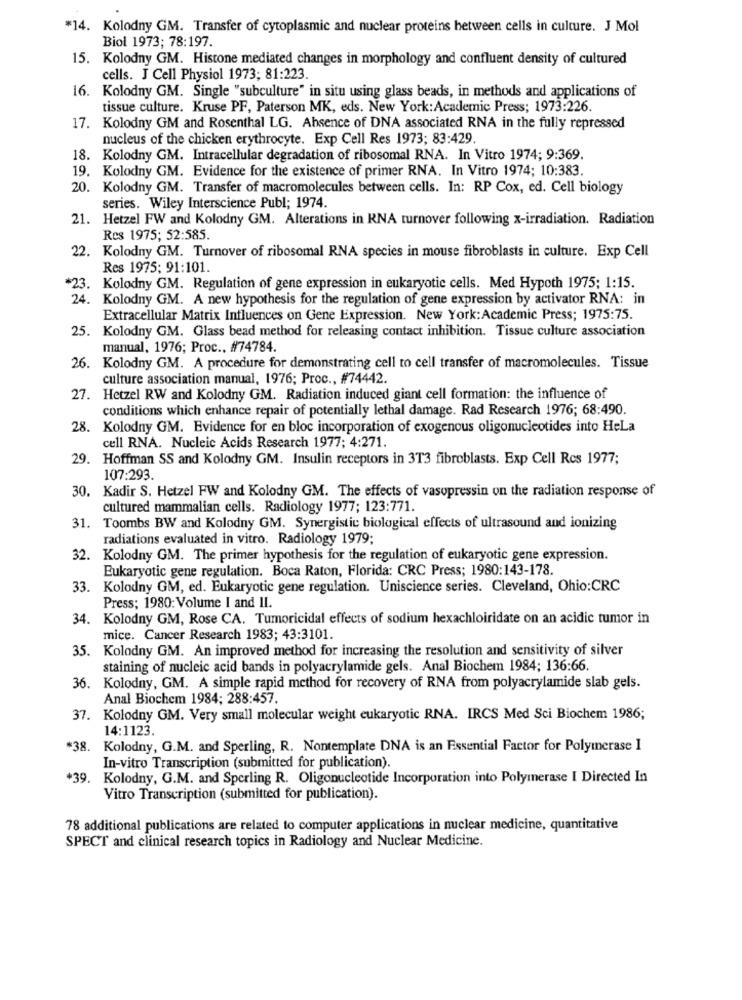
*14. Kolodny GM. Transfer of cytoplasmic and nuclear proteins between cells in culture. J Mol
Biol 1973; 78:197.
15. Kolodny GM. Histone mediated changes in morphology and confluent density of cultured
cells. J Cell Physiol 1973; 81:223.
16. Kolodny GM. Single "subculture" in situ using glass beads, in methods and applications of
tissue culture. Kruse PF, Paterson MK, eds. New York: Academic Press; 1973:226.
17. Kolodny GM and Rosenthal LG. Absence of DNA associated RNA in the fully repressed
nucleus of the chicken erythrocyte. Exp Cell Res 1973; 83:429
18. Kolodny GM. Intracellular degradation of ribosomal RNA. In Vitro 1974; 9:369.
19. Kolodny GM. Evidence for the existence of primer RNA. In Vitro 1974; 10:383.
20. Kolodny GM. Transfer of macromolecules between cells. In: RP Cox, ed. Cell biology
series. Wiley Interscience Publ; 1974.
21. Hetzel FW and Kolodny GM. Alterations in RNA turnover following x-irradiation. Radiation
Res 1975; 52:585.
22. Kolodny GM. Turnover of ribosomal RNA species in mouse fibroblasts in culture. Exp Cell
Res 1975; 91:101.
*23. Kolodny GM. Regulation of gene expression in eukaryotic cells. Med Hypoth 1975; 1:15.
24. Kolodny GM. A new hypothesis for the regulation of gene expression by activator RNA: in
Extracellular Matrix Influences on Gene Expression. New York: Academic Press; 1975:75.
25. Kolodny GM. Glass bead method for releasing contact inhibition. Tissue culture association
manual, 1976; Proc .. #74784.
26. Kolodny GM. A procedure for demonstrating cell to cell transfer of macromolecules. Tissue
culture association manual, 1976; Proc ., #74442.
27. Hetzel RW and Kolodny GM. Radiation induced giant cell formation: the influence of
conditions which enhance repair of potentially lethal damage. Rad Research 1976; 68:490.
28. Kolodny GM. Evidence for en bloc incorporation of exogenous oligonucleotides into HeLa
cell RNA. Nucleic Acids Research 1977; 4:271.
29. Hoffman SS and Kolodny GM. Insulin receptors in 3T3 fibroblasts. Exp Cell Rcs 1977;
107:293.
30. Kadir S. Hetzel FW and Kolodny GM. The effects of vasopressin on the radiation response of
cultured mammalian cells. Radiology 1977; 123:771.
31. Toombs BW and Kolodny GM. Synergistic biological effects of ultrasound and ionizing
radiations evaluated in vitro. Radiology 1979;
32. Kolodny GM. The primer hypothesis for the regulation of eukaryotic gene expression.
Eukaryotic gene regulation. Boca Raton, Florida: CRC Press; 1980:143-178.
33.
Kolodny GM, ed. Eukaryotic gene regulation. Uniscience series. Cleveland, Ohio:CRC
Press; 1980: Volume I and II.
34. Kolodny GM, Rose CA. Tumoricidal effects of sodium hexachloiridate on an acidic tumor in
mice. Cancer Research 1983; 43:3101.
35. Kolodny GM. An improved method for increasing the resolution and sensitivity of silver
staining of nucleic acid bands in polyacrylamide gels. Anal Biochem 1984; 136:66.
36. Kolodny, GM. A simple rapid method for recovery of RNA from polyacrylamide slab gels.
Anal Biochem 1984; 288:457.
37. Kolodny GM. Very small molecular weight eukaryotic RNA. IRCS Med Sci Biochem 1986;
14:1123.
*38. Kolodny, G.M. and Sperling, R. Nontemplate DNA is an Essential Factor for Polymerase I
In-vitro Transcription (submitted for publication).
+39. Kolodny, G.M. and Sperling R. Oligonucleotide Incorporation into Polymerase I Directed In
Vitro Transcription (submitted for publication).
78 additional publications are related to computer applications in nuclear medicine, quantitative
SPECT and clinical research topics in Radiology and Nuclear Medicine.